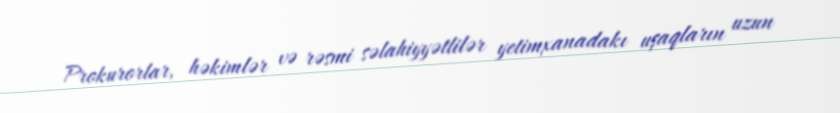
Prokurorlar, həkimlər və rəsmi səlahiyyətlilər yetimxanadakı uşaqların uzun